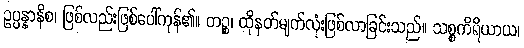
ဥပ္ပန္နာနိစ၊ ဖြစ်လည်းဖြစ်ပေါ်ကုန်၏။ တဉ္စ၊ ထိုနတ်မျက်လုံးဖြစ်လာခြင်းသည်။ သစ္စကိရိယာယ၊